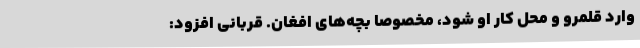
وارد قلمرو و محل کار او شود، مخصوصا بچه‌های افغان. قربانی افزود: